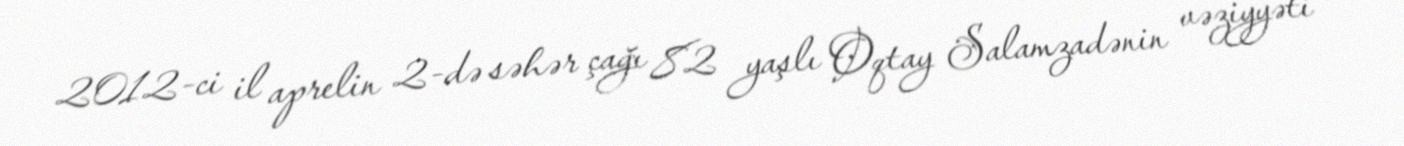
2012-ci il aprelin 2-də səhər çağı 82 yaşlı Oqtay Salamzadənin vəziyyəti